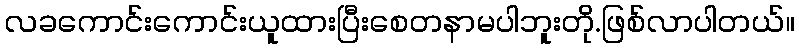
လခကောင်းကောင်းယူထားပြီးစေတနာမပါဘူးတို.ဖြစ်လာပါတယ်။